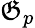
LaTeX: \mathfrak{G}_{p}